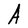
Character: A